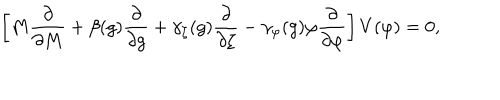
\left[ M { \frac { \partial } { \partial M } } + \beta ( g ) { \frac { \partial } { \partial g } } + \gamma _ { \zeta } ( g ) { \frac { \partial } { \partial \zeta } } - \gamma _ { \varphi } ( g ) \varphi { \frac { \partial } { \partial \varphi } } \right] V ( \varphi ) = 0 ,